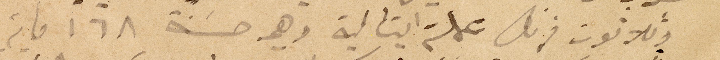
وثلاثون فرنك عملة ايتالية وهي حسنة ١٦٨ ماية